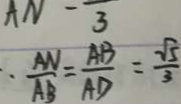
\cdot \frac { A N } { A B } = \frac { A B } { A D } = \frac { \sqrt { 5 } } { 3 }